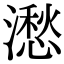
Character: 㵞